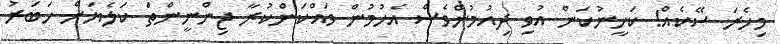
މިހެރަ ސޭކެއް! ކަހީނުކަން އުވި ދިއުމުންވެސް އެހުމުން ވައްކަންކުރާ ޖިންނީންތަ ކަލެޔަށް ޚަބަރު